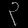
Digit: ၃